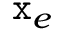
\mathtt { x } _ { e }